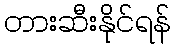
တားဆီးနိုင်ရန်